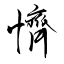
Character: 懠